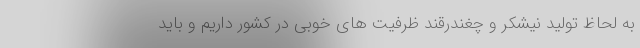
به لحاظ تولید نیشکر و چغندرقند ظرفیت های خوبی در کشور داریم و باید